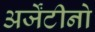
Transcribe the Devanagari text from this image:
अर्जेंटीनो